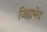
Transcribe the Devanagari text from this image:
जिह्यभेद